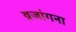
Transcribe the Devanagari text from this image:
व्रजांगना